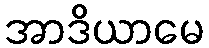
အာဒိယာမေ